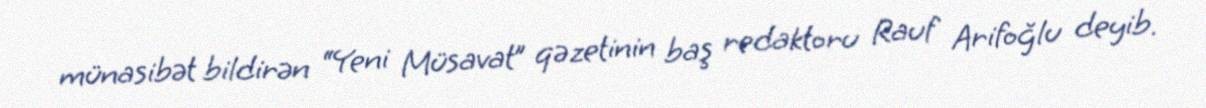
münasibət bildirən “Yeni Müsavat” qəzetinin baş redaktoru Rauf Arifoğlu deyib.